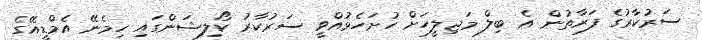
ސަރުކާރުގެ ފަރާތުން އެ ބިލް މަޖިލީހަށް ހުށަހެޅުއްވީ ސަރުކާރު ކޯލިޝަންގައި ހިމެނޭ އެމްޑީއޭގެ